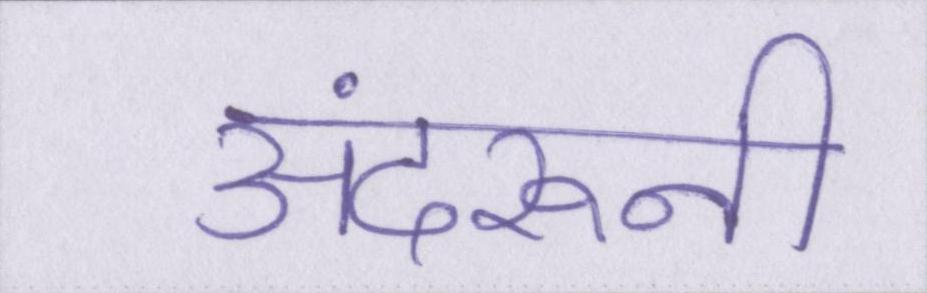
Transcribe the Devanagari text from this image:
अंदरूनी